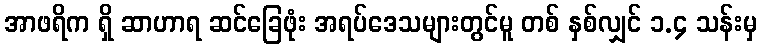
အာဖရိက ရှိ ဆာဟာရ ဆင်ခြေဖုံး အရပ်ဒေသများတွင်မူ တစ် နှစ်လျှင် ၁.၄ သန်းမှ